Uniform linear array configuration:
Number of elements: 16
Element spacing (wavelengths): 0.75
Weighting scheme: binomial
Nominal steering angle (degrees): -60
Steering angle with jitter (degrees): -60.559
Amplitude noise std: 0.05
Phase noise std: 0.05

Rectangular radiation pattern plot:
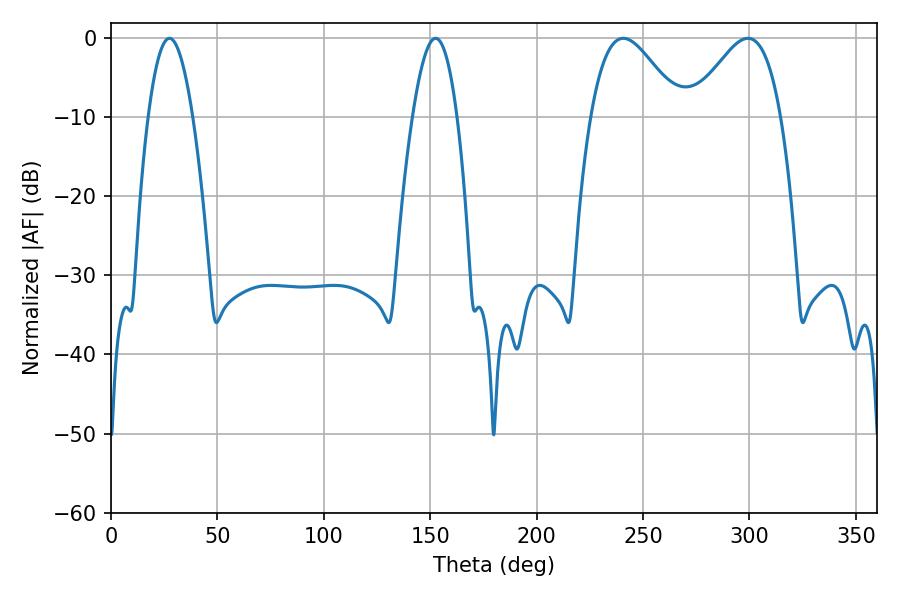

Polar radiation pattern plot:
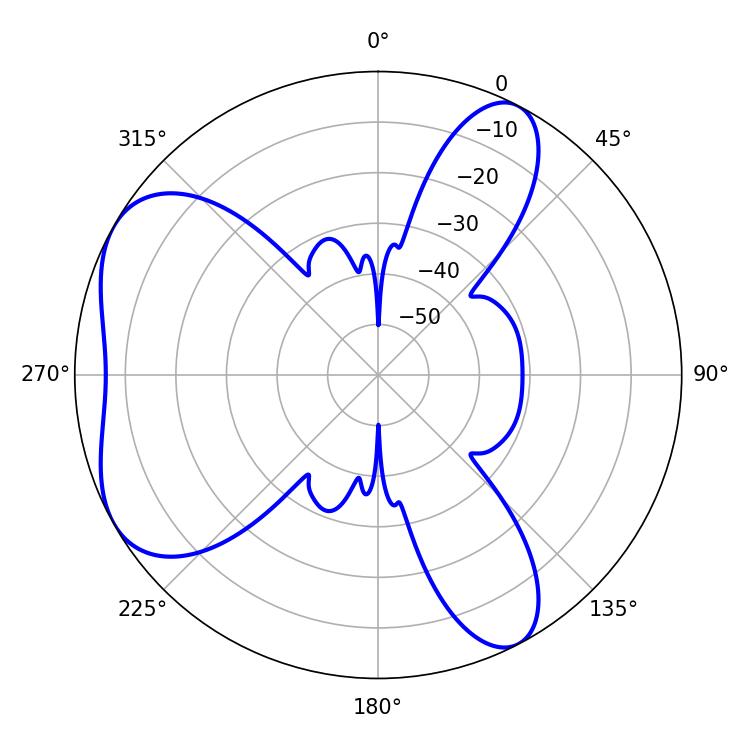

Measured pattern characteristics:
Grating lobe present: TRUE
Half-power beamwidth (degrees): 22.5
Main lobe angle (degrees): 240.66